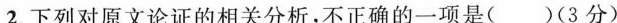
2.下列对原文论证的相关分析。不正确的一项是()(3分)